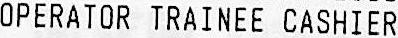
OPERATOR TRAINEE CASHIER